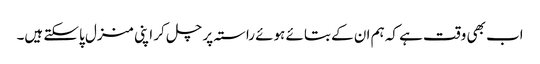
اب بھی وقت ہے کہ ہم ان کے بتائے ہوئے راستہ پر چل کر اپنی منزل پاسکتے ہیں۔